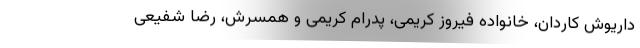
داریوش کاردان، خانواده فیروز کریمی، پدرام کریمی و همسرش، رضا شفیعی